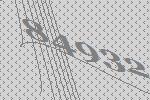
84932